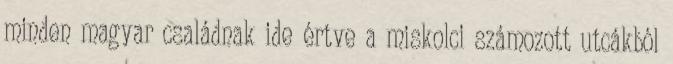
minden magyar családnak ide értve a miskolci számozott utcákból